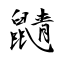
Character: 鼱